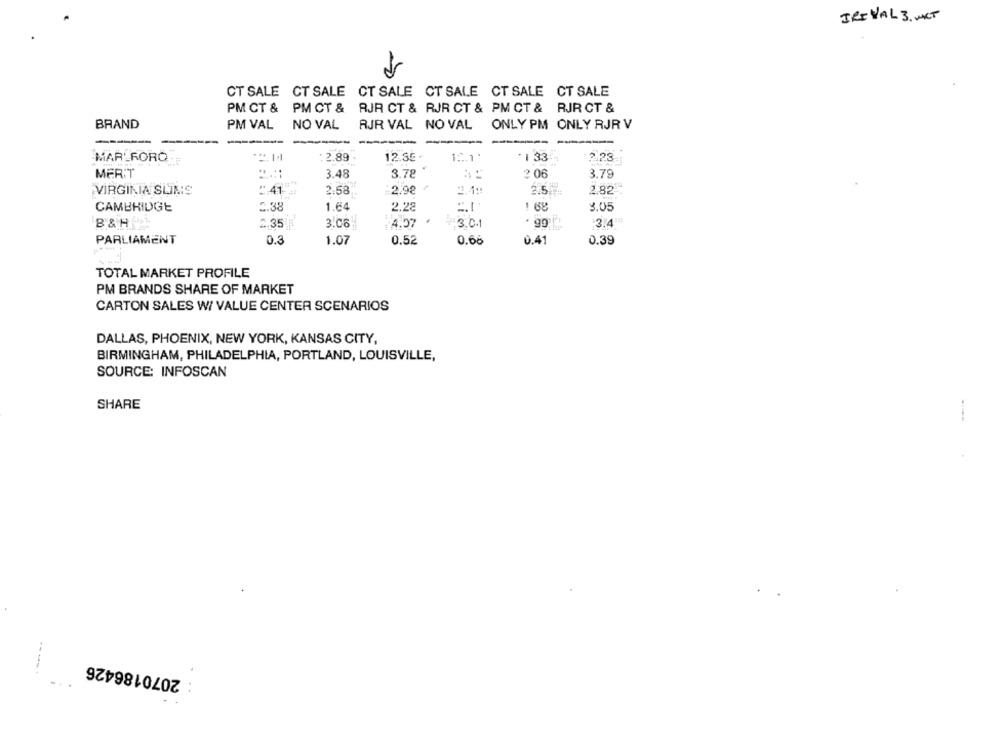
IRIVAL 3. WKT
CT SALE CT SALE CT SALE CT SALE CT SALE CT SALE
PM CT & PM CT & RJR CT & RJR CT & PM CT & RJR CT &
BRAND
PM VAL
NO VAL
RJR VAL NO VAL
ONLY PM ONLY RJR V
----
----
-----
---
-
12.35.
MARLFORO
... 1.1
2.89
12.1.
. 1 33
2.23
MERT
3.48
8.78
2 06
3.79
VIRGINIA SLIMS
: 41
2.58
2.92
2.5
2.82
CAMBRIDGE
5.38
1.64
2.28
1.68
3.05
.3.4
B & H
2.35
3.06
4.57
3.0.1
PARLIAMENT
0.3
1.07
0.52
0.68
0.41
0.39
TOTAL MARKET PROFILE
PM BRANDS SHARE OF MARKET
CARTON SALES W/ VALUE CENTER SCENARIOS
DALLAS, PHOENIX, NEW YORK, KANSAS CITY,
BIRMINGHAM, PHILADELPHIA, PORTLAND, LOUISVILLE,
SOURCE: INFOSCAN
SHARE
--
2070186426